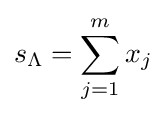
s_{\Lambda }=\sum _{j=1}^{m}x_{j}